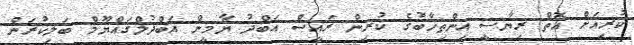
ކުރިއަށް އޮތް ރިޔާސީ އިންތިހާބުގެ ކުރިން ރައީސް އަބްދު ޔާމީން އަބްދުލްގައްޔޫމް ބަލިކުރަން